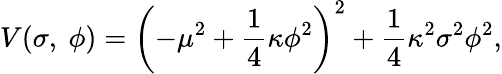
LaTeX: V(\sigma,\ \phi)=\left(-\mu^{2}+\frac 14\kappa\phi^{2}\right)^{2}+\frac 14\kappa^{2}\sigma^{2}\phi^{2},